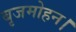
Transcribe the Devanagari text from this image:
बृजमोहन।